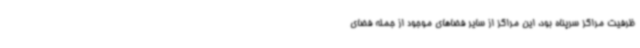
ظرفیت مراکز سرپناه بود، این مراکز از سایر فضاهای موجود از جمله فضای